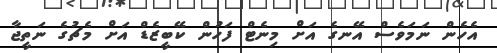
އެހެން ނަމަވެސް އޭނގެ އަށް މިނެޓް ފަހުން ކޭބީޒެޑް އަށް މެޗުގެ ނަތީޖާ